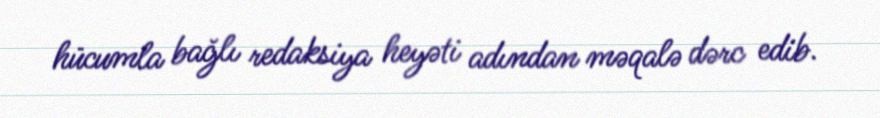
hücumla bağlı redaksiya heyəti adından məqalə dərc edib.